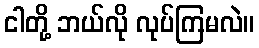
ငါတို့ ဘယ်လို လုပ်ကြမလဲ။